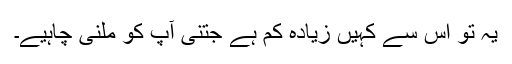
یہ تو اس سے کہیں زیادہ کم ہے جتنی آپ کو ملنی چاہیے۔